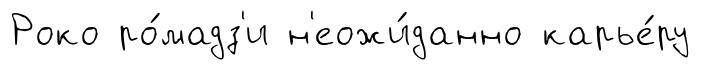
Роко ро́мадз'и н'еожи́данно карье́ру